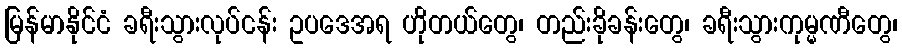
မြန်မာနိုင်ငံ ခရီးသွားလုပ်ငန်း ဥပဒေအရ ဟိုတယ်တွေ၊ တည်းခိုခန်းတွေ၊ ခရီးသွားကုမ္မဏီတွေ၊